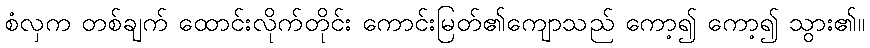
စံလှက တစ်ချက် ထောင်းလိုက်တိုင်း ကောင်းမြတ်၏ကျောသည် ကော့၍ ကော့၍ သွား၏။